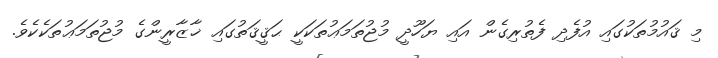
މި ޤައުމުތަކުގައި އުފެދި ފެތުރިގެން އައި ޔަހޫދީ މުޖުތަމަޢުތަކަކީ ޙަޤީޤަތުގައި ޚާޒާރީންގެ މުޖުތަމަޢުތަކެކެވެ.